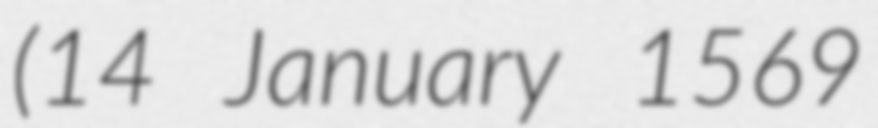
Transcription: (14 January 1569